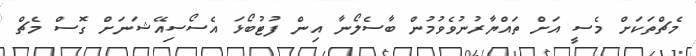
މެޗްތަކަށް މެސީ އަށް ތައްޔާރުނުވެވުމުން ބާސެލޯނާ އިން ފުޓުބޯޅަ އެސޯސިއޭޝަނަށް ގޮސް މެޗް